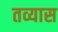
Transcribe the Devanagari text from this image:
तव्यास